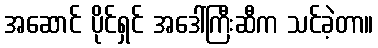
အဆောင် ပိုင်ရှင် အဒေါ်ကြီးဆီက သင်ခဲ့တာ။